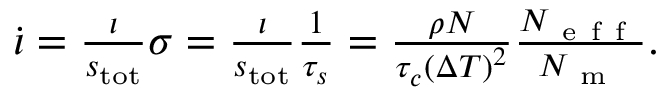
\begin{array} { r } { \dot { \iota } = \frac { \iota } { s _ { \mathrm { t o t } } } \sigma = \frac { \iota } { s _ { \mathrm { t o t } } } \frac { 1 } { \tau _ { s } } = \frac { \rho N } { \tau _ { c } \left( \Delta T \right) ^ { 2 } } \frac { N _ { \mathrm { ~ e ~ f ~ f ~ } } } { N _ { \mathrm { ~ m ~ } } } . } \end{array}